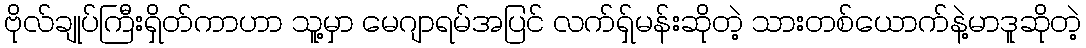
ဗိုလ်ချုပ်ကြီးရှိတ်ကာဟာ သူ့မှာ မေဂျာရမ်အပြင် လက်ရှ်မန်းဆိုတဲ့ သားတစ်ယောက်နဲ့မာဒူဆိုတဲ့